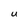
Character: U